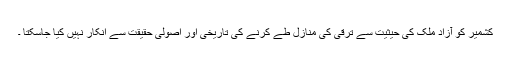
کشمیر کو آزاد ملک کی حیثیت سے ترقی کی منازل طے کرنے کی تاریخی اور اصولی حقیقت سے انکار نہیں کیا جاسکتا ۔